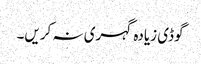
گوڈی زیادہ گہری نہ کریں۔